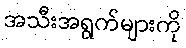
အသီးအရွက်များကို